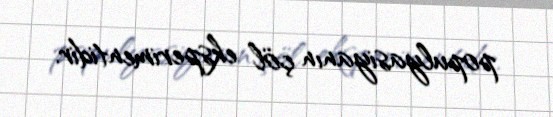
populyasiyanın çöl eksperimentidir.